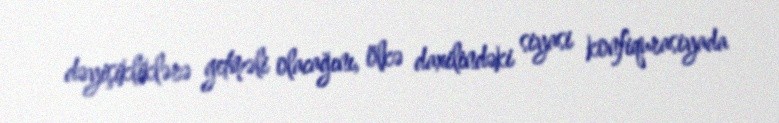
dəyişikliklərə getməli olacağını, ölkə daxilindəki siyasi konfiqurasiyada